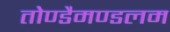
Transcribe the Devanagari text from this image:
तोण्डैमण्डलम